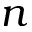
n